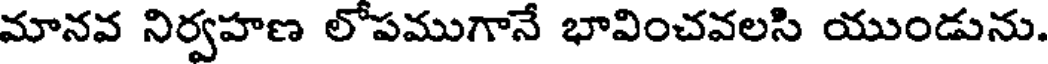
మానవ నిర్వహణ లోపముగానే భావించవలసి యుండును.